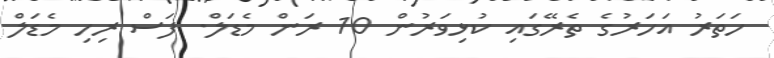
ހަތަރު އަހަރުގެ ތެރޭގައި ކުޅިވަރުން 10 ރަން މެޑަލް. ފަސް ރިހި މެޑަލް